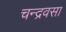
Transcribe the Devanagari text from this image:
चन्द्रवसा